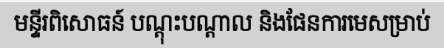
មន្ទីរពិសោធន៍ បណ្តុះបណ្តាល និងផែនការមេសម្រាប់